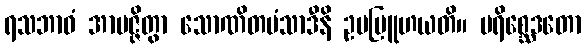
ရသဘာဝံ အာပဇ္ဇိတွာ သောဏိတမံသာဒီနိ ဥပဗြူဟယတိ။ ပရိစ္ဆေဒတော